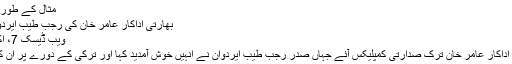
مثال کے طور پر ادلب میں…
بھارتی اداکار عامر خان کی رجب طیب ایردوان سے ملاقات
ویب ڈیسک 7، اکتوبر 2017 0
معروف بھارتی اداکار عامر خان ترک صدارتی کمپلیکس آئے جہاں صدر رجب طیب ایردوان نے انہیں خوش آمدید کہا اور ترکی کے دورے پر ان کا شکریہ ادا کیا۔